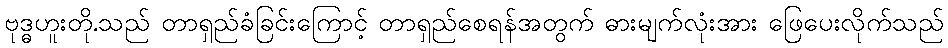
ဗုဒ္ဓဟူးတို.သည် တာရှည်ခံခြင်းကြောင့် တာရှည်စေရန်အတွက် ဓားမျက်လုံးအား ဖြေပေးလိုက်သည်